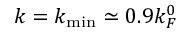
k = k _ { \mathrm { m i n } } \simeq 0 . 9 k _ { F } ^ { 0 }